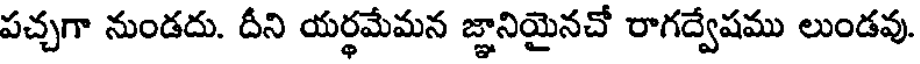
పచ్చగా నుండదు. దీని యర్థమేమన జ్ఞానియైనచో రాగద్వేషము లుండవు.